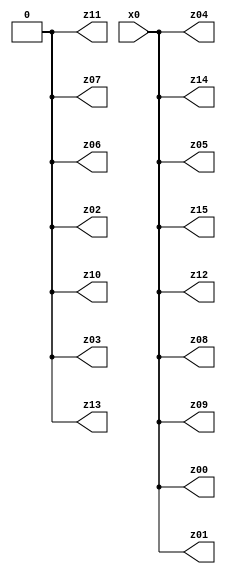
// Benchmark "q_3" written by ABC on Mon Jul 10 22:15:59 2023

module q_3 ( 
    x0,
    z00, z01, z02, z03, z04, z05, z06, z07, z08, z09, z10, z11, z12, z13,
    z14, z15  );
  input  x0;
  output z00, z01, z02, z03, z04, z05, z06, z07, z08, z09, z10, z11, z12, z13,
    z14, z15;
  assign z00 = x0;
  assign z01 = x0;
  assign z02 = 1'b0;
  assign z03 = 1'b0;
  assign z04 = x0;
  assign z05 = x0;
  assign z06 = 1'b0;
  assign z07 = 1'b0;
  assign z08 = x0;
  assign z09 = x0;
  assign z10 = 1'b0;
  assign z11 = 1'b0;
  assign z12 = x0;
  assign z13 = 1'b0;
  assign z14 = x0;
  assign z15 = x0;
endmodule